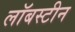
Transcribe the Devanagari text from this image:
लॉबस्टीन